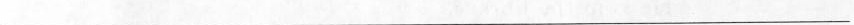
___